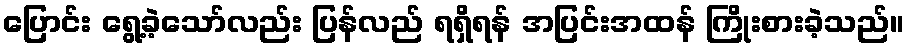
ပြောင်း ရွေ့ခဲ့သော်လည်း ပြန်လည် ရရှိရန် အပြင်းအထန် ကြိုးစားခဲ့သည်။